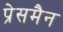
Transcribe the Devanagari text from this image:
प्रेसमैन